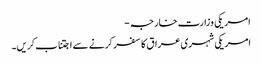
امریکی وزارت خارجہ -
امریکی شہری عراق کا سفر کرنے سے اجتناب کریں۔